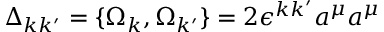
\Delta _ { k k ^ { \prime } } = \{ \Omega _ { k } , \Omega _ { k ^ { \prime } } \} = 2 \epsilon ^ { k k ^ { \prime } } a ^ { \mu } a ^ { \mu }